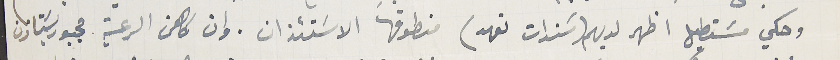
وحكي مسَتطيل اظهر لديهم (سَندات تعهد) منطوقها الاسَتئذان. وان كاهن الرعية مجبور يسَتاذن